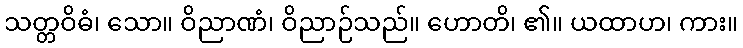
သတ္တဝိဓံ၊ သော။ ဝိညာဏံ၊ ဝိညာဉ်သည်။ ဟောတိ၊ ၏။ ယထာဟ၊ ကား။